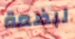
لبضعة